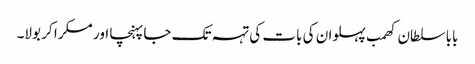
بابا سلطان کھمب پہلوان کی بات کی تہہ تک جا پہنچا اور مسکرا کر بولا۔